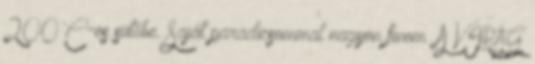
200 C-os sütőbe. Saját paradicsommal nagyon finom A VIRÁG